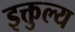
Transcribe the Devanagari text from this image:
इक्तुल्य